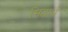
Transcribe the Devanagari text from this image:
सिद्धार्ध